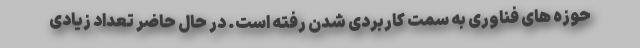
حوزه های فناوری به سمت کاربردی شدن رفته است. در حال حاضر تعداد زیادی